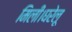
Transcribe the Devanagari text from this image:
मिली।घरेलू